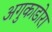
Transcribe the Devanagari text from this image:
अगुकाडोरा